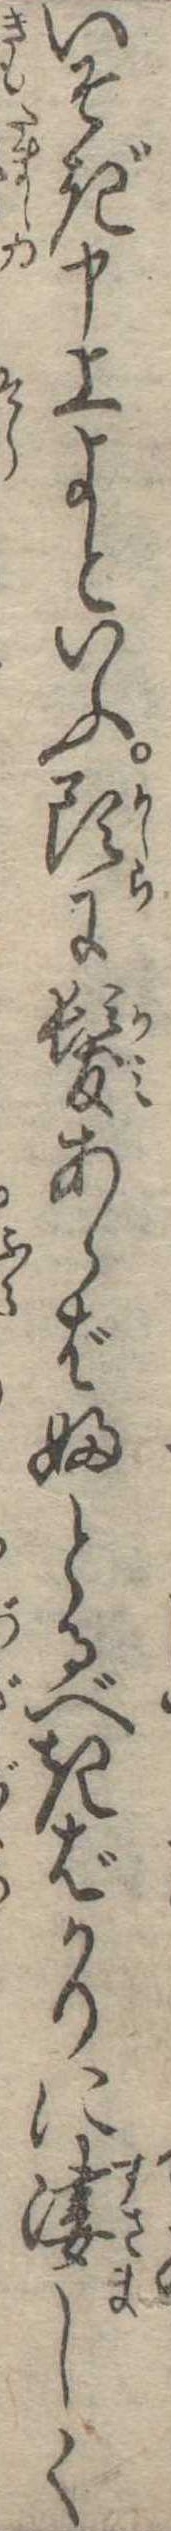
いそぎ申上よといふ頭に髪あらばふとるべきばかりに凄しく